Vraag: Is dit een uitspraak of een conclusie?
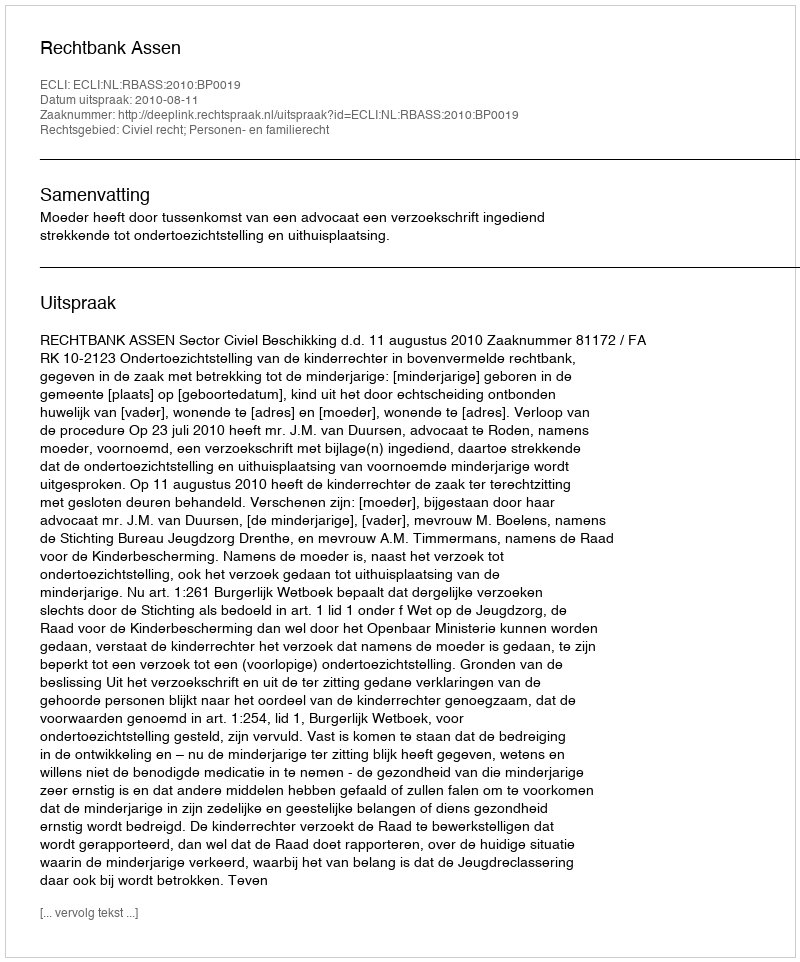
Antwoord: Uitspraak